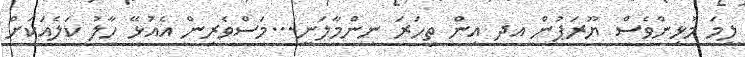
ލީމަ މުޅިންވެސް ޔޫރަޕުން އދ އިން ތިހަރަ ނިންމާލަނީ...މަސްވެރިން އެއުޅޭ ހާލު ކަލެއަކަށް